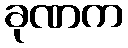
ခုဏက